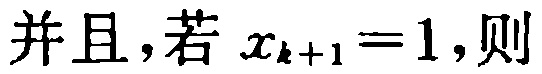
并且，若 \(x_{k + 1} = 1\)，则